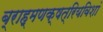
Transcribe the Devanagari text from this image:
ब्राह्मणक्षत्रियविशां